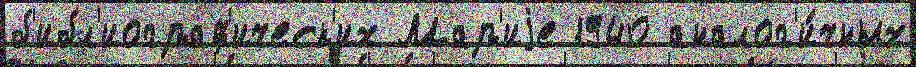
б'ибл'иограф'ическ'их Мар'иjе 1940 аналог'и́чных